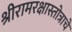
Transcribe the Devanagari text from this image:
श्रीरामरक्षास्तोत्राचे